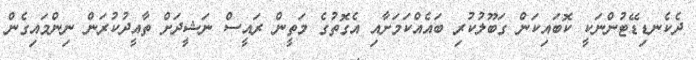
ދެކެނޑިޑޭޓުންނަކީ ކޮބައިކަން ގަބޫލުކުރި ބައެއްކަމަށާއި އެގޮތުގެ މަތީން ރައީސް ނަޝީދަށް ތާއީދުކުރަން ނިންމައިގެން